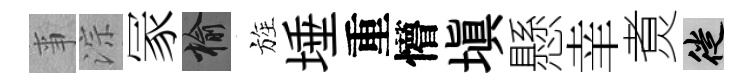
亊淙冡榆旌埵重懵塡懸𦍒煑徙